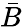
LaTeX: \bar{B}